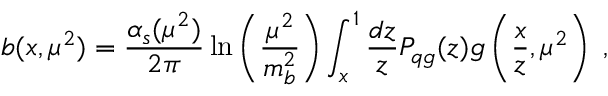
b ( x , \mu ^ { 2 } ) = \frac { \alpha _ { s } ( \mu ^ { 2 } ) } { 2 \pi } \ln \left( \frac { \mu ^ { 2 } } { m _ { b } ^ { 2 } } \right) \int _ { x } ^ { 1 } \frac { d z } { z } P _ { q g } ( z ) g \left( \frac { x } { z } , \mu ^ { 2 } \right) \; ,